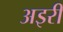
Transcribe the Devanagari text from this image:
अइरी